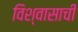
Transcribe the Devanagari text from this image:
विश्वासाचीं